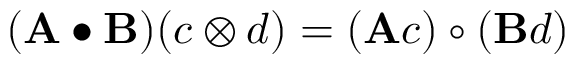
( \mathbf { A } \bullet \mathbf { B } ) ( c \otimes d ) = ( \mathbf { A } c ) \circ ( \mathbf { B } d )